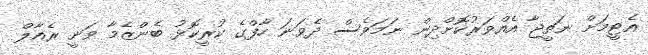
އެޓީމަށް ނަތީޖާ އެއްވަރުކޮށްދިން ނަމަވެސް ދެވަނަ ހާފްގެ ކުރީކޮޅު ބެންޒެމާ ވަނީ ރެއާލް